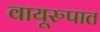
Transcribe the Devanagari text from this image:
वायूरुपात